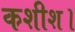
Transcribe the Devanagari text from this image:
कशीश।